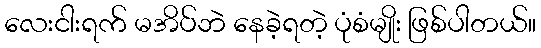
လေးငါးရက် မအိပ်ဘဲ နေခဲ့ရတဲ့ ပုံစံမျိုး ဖြစ်ပါတယ်။